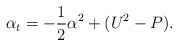
\begin{align*}\alpha_t= -\frac12 \alpha^2+(U^2-P).\end{align*}